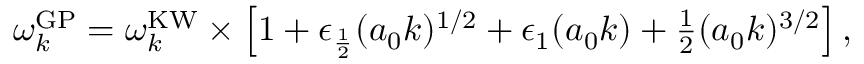
\begin{array} { r } { \omega _ { k } ^ { \mathrm { G P } } = \omega _ { k } ^ { \mathrm { K W } } \times \left[ 1 + \epsilon _ { \frac 1 2 } ( a _ { 0 } k ) ^ { 1 / 2 } + \epsilon _ { 1 } ( a _ { 0 } k ) + \frac 1 2 ( a _ { 0 } k ) ^ { 3 / 2 } \right] , } \end{array}